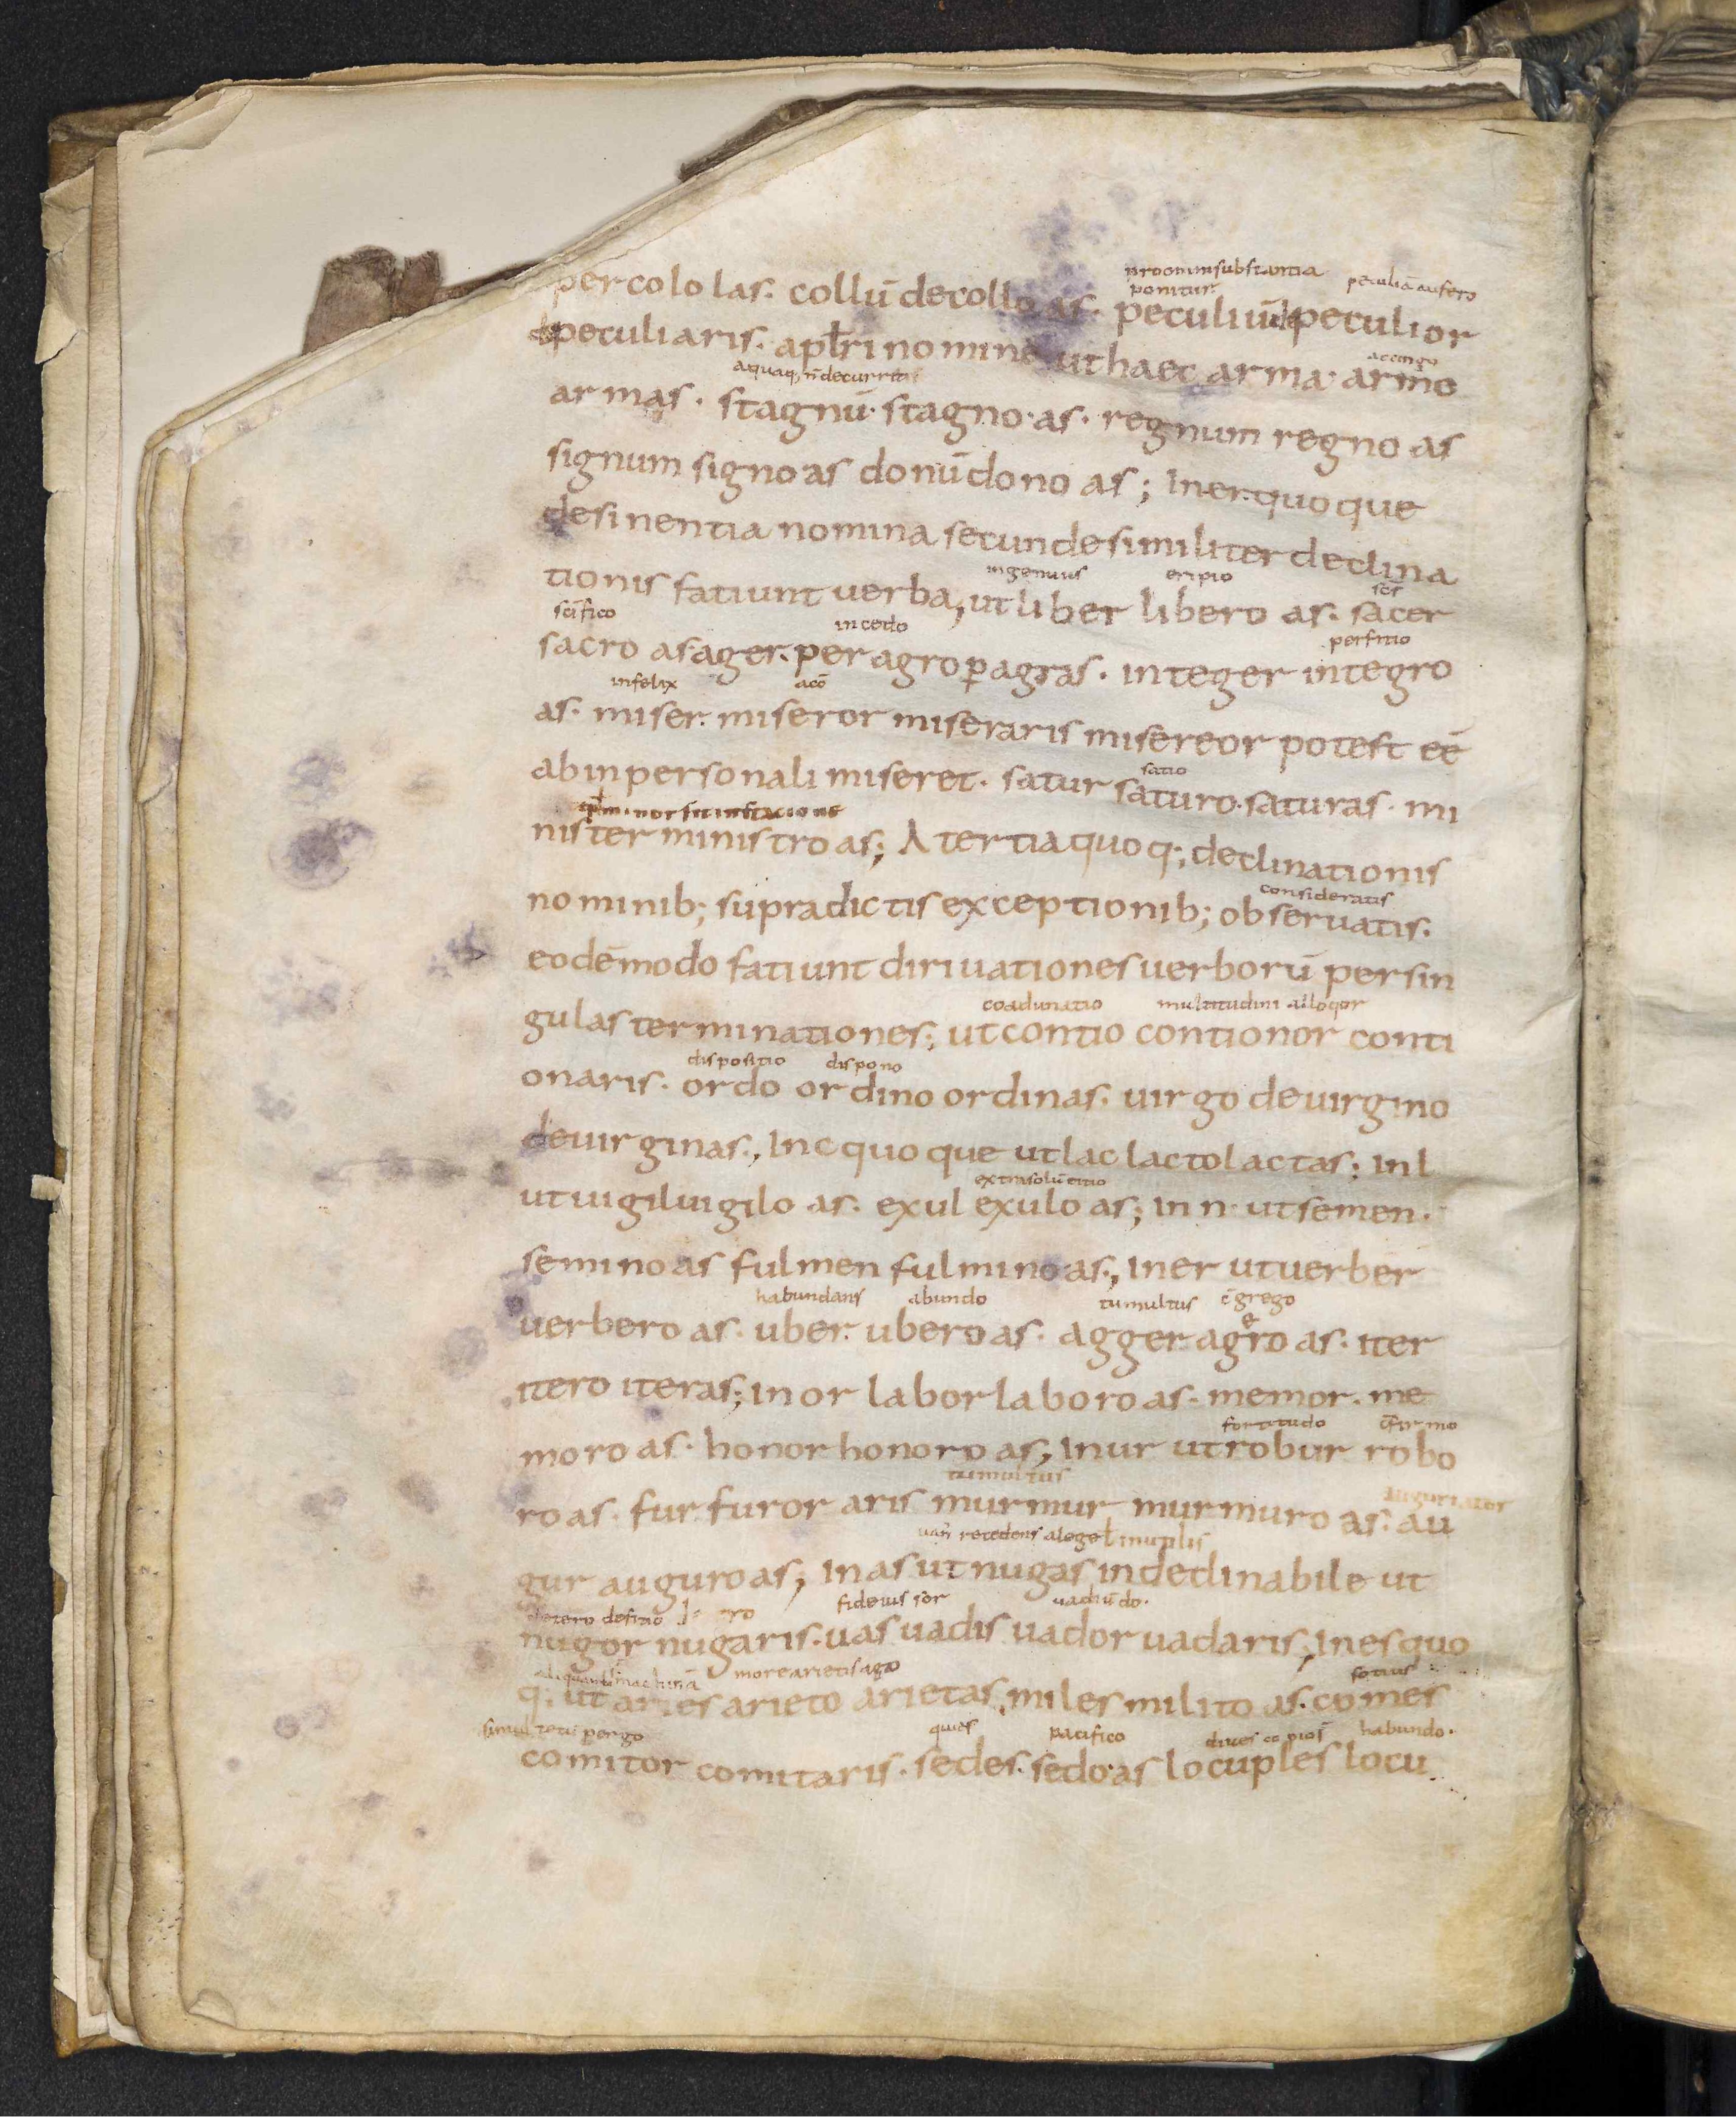
Shelfmark: Leiden, Bibliotheek der Rijksuniversiteit, Voss. Lat. O 41
Century: 9